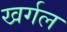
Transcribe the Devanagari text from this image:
खर्गल